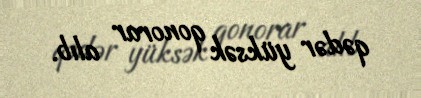
qədər yüksək qonorar alıb.